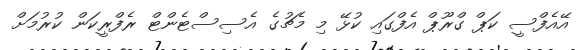
އޭއެފްސީ ކަޕް ގްރޫޕް އެފްގައި ކުޅޭ މި މެޗުގެ އެސިސްޓެންޓް ރެފްރީކަން ކުރުމަށް